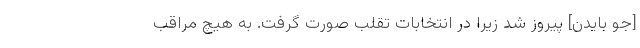
[جو بایدن] پیروز شد زیرا در انتخابات تقلب صورت گرفت. به هیچ مراقب